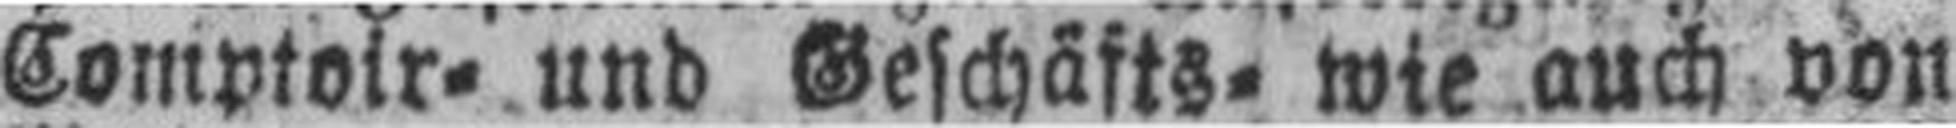
Comptoir= und Geschäfts= wie auch von